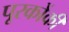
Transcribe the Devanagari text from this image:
पूरकोंकी